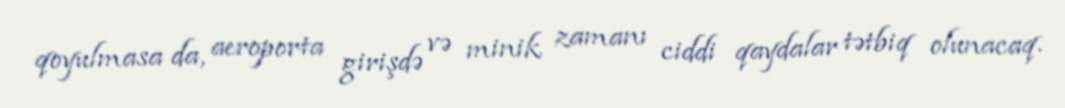
qoyulmasa da, aeroporta girişdə və minik zamanı ciddi qaydalar tətbiq olunacaq.